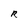
Character: R